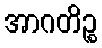
အာဂတိဉ္စ